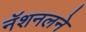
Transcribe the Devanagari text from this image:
नॅशनलने